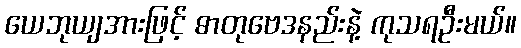
ယေဘုယျအားဖြင့် ဓာတုဗေဒနည်းနဲ့ ကုသရဦးမယ်။